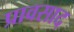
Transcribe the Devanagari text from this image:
प्रावसाद